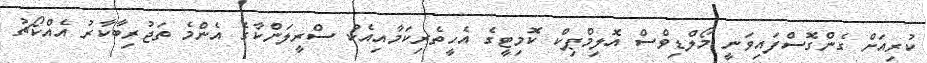
ކުރިއަށް ގެންގޮސްފައިވަނީ މޯލްޑިވްސް އޮލިމްޕިކް ކޮމިޓީގެ އެހީތެރިކަމާއިއެކު ސްރީލަންކާގެ އެންމެ ތަޖުރިބާކާރު އެއްކޯޗު